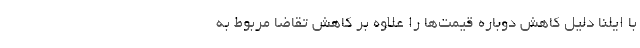
با ایلنا دلیل کاهش دوباره قیمت‌ها را علاوه بر کاهش تقاضا مربوط به